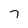
Character: 7